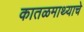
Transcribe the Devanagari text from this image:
कातळमाथ्याचे